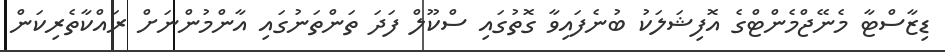
ޑިޒާސްޓާ މެނޭޖްމެންޓްގެ އޮފިޝަލަކު ބުނެފައިވާ ގޮތުގައި ސްކޫލް ފަދަ ތަންތަނުގައި އާންމުންނަށް ރައްކާތެރިކަން